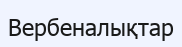
Вербеналықтар